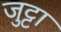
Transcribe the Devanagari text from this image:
जुट्टा